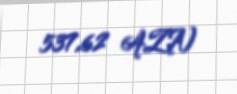
537,62 AZN